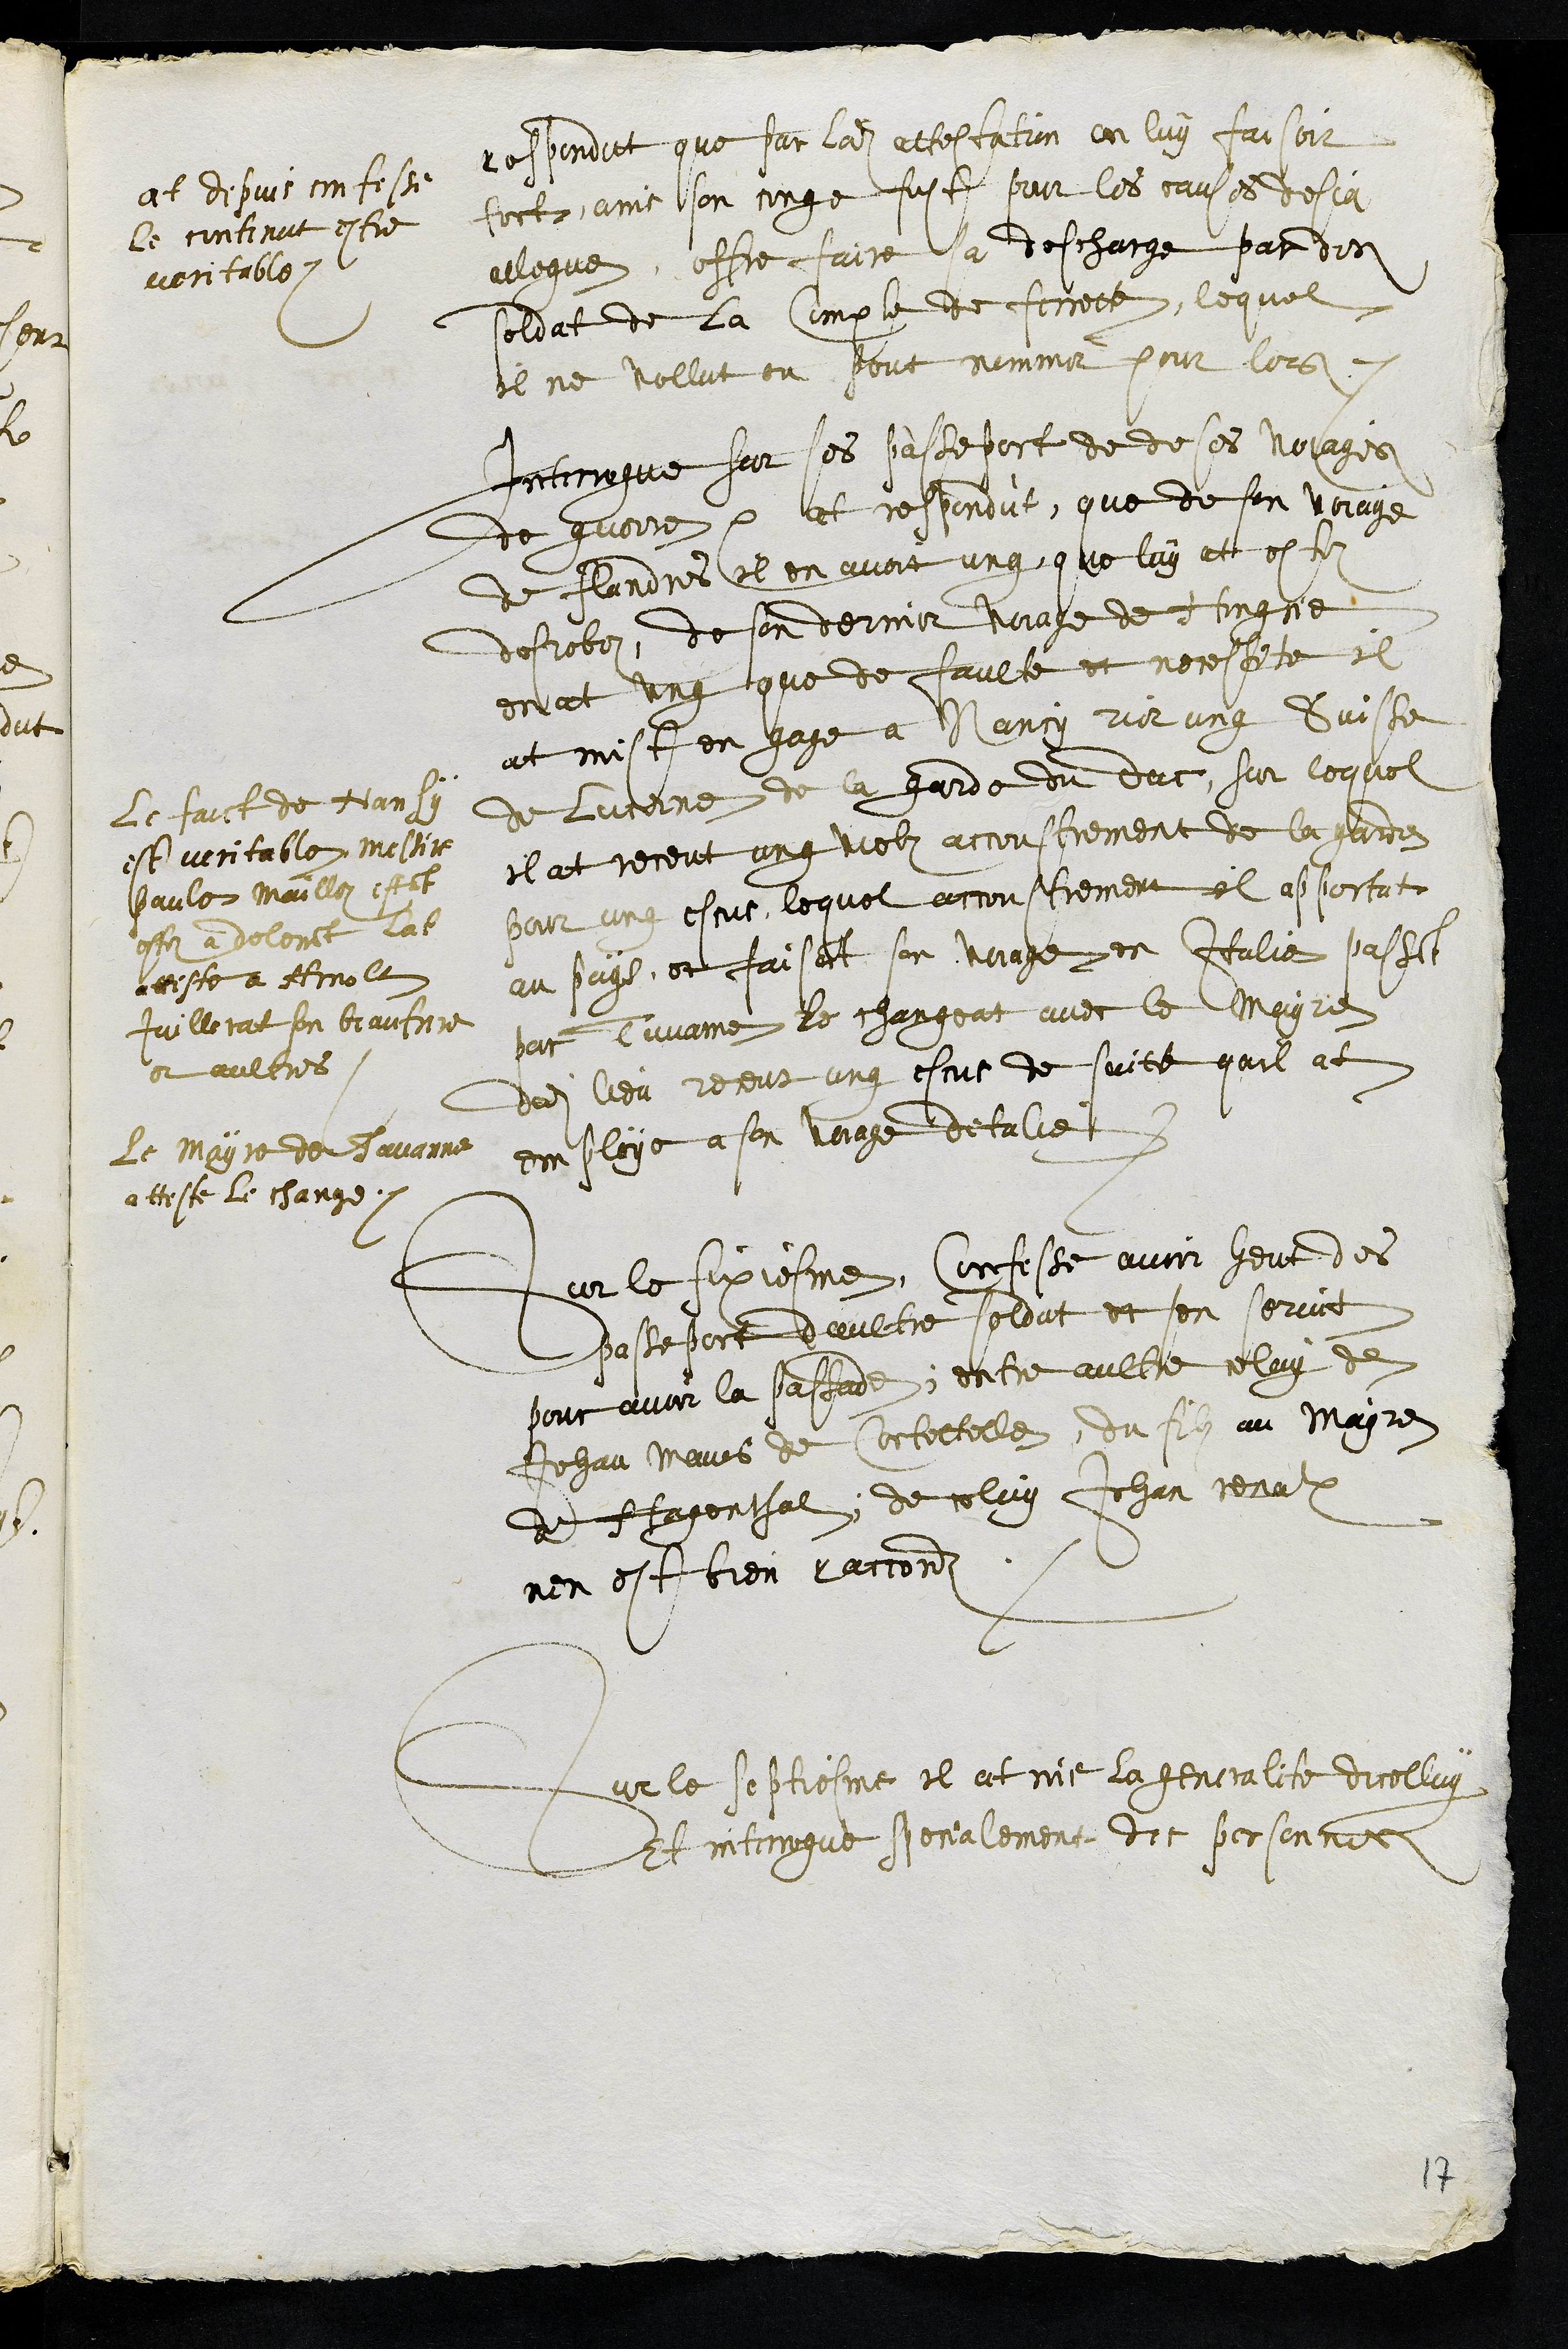
at depuis confesse
le contenut estre
veritable.
respondit que par ladite attestation on luy faisoit
tort, ains son conge fust pour les causes desja
allegue, offre faire sa descharge par des
soldat de la Compte de ferrette, lequel
il ne vollut ou peut nommer pour lors.
Interrogue sur ses passeport de de ses voiages
de guerre at respondut, que de son voiage
de flandres il en avoit ung, que luy at estez
desrobez, de son dernier voiage de Hongrie
en at ung que de faulte et necessite il
at mist en gage a Nancy rier ung Suisse
de Lucerne de la garde du duc, sur lequel
il at receut ung vielz accoustrement de la garde
pour ung escus, lequel accoustrement il apportat
au pays et faisant son voiage en Italie passant
par Tavanne le changeat avec le mayre
dudit lieu receut ung escus de suite quil at
employe a son Voiage ditalie
le faict de Nansy
est veritable messire
paule Mailloz estant
estez a delemont lat
atteste a Arnolt
juillerat son beau frere
et aultres.
le mayre de Tavanne
atteste le change.
Pour le sixiesme, Confesse avoir heut des
passeport daultre soldat et sen servit
pour avoir la passade, entre aultre celuy de
Jehan Maves de Cortettelle, du filz au mayre
de Hagenthal, de celuy Jehan renalx
nen est bien raccordz
Sur le septiesme il at nie la generalite dicelluy
Et interrogue specialement,des personnes
17